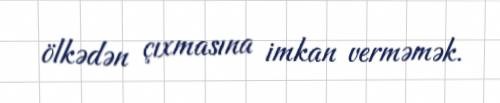
ölkədən çıxmasına imkan verməmək.